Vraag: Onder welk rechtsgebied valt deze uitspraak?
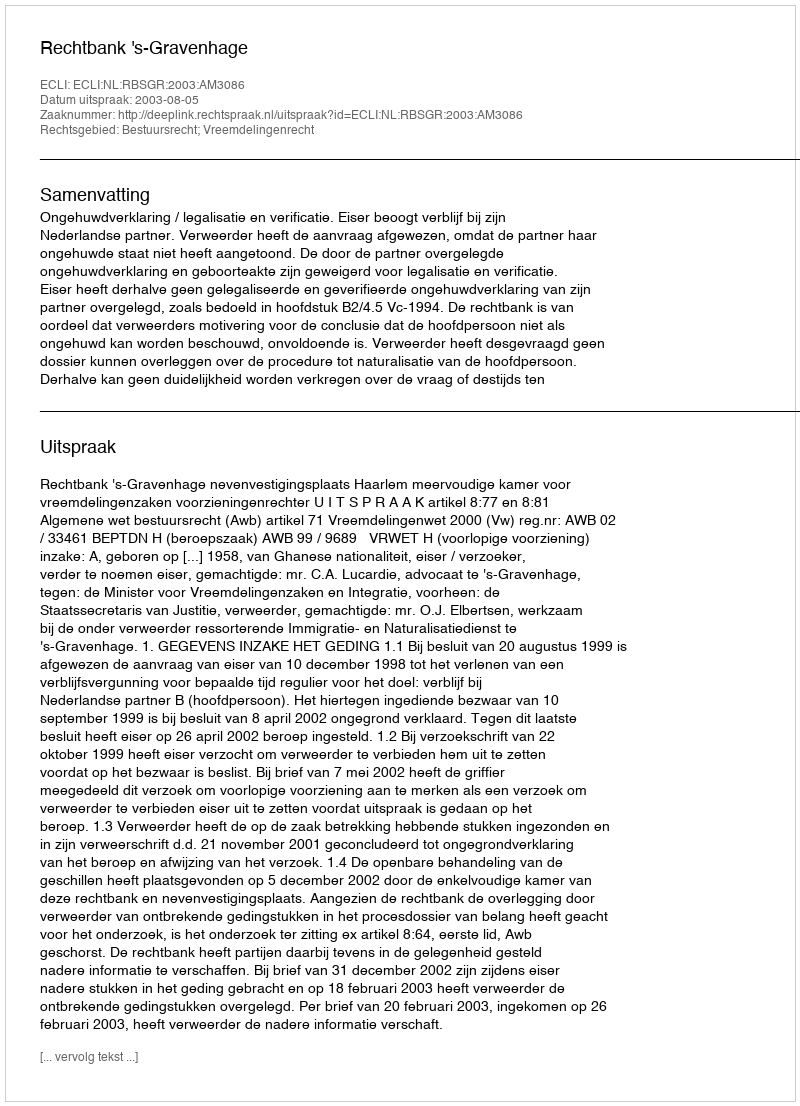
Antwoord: Bestuursrecht; Vreemdelingenrecht